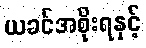
ယခင်အစိုးရနှင့်